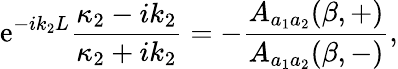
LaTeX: \mathrm{e}^{-ik_{2}L}\frac{{\kappa_{2}-ik_{2}}}{{\kappa_{2}+ik_{2}}}=-\frac{{A_{a_{1}a_{2}}(\beta,+)}}{{A_{a_{1}a_{2}}(\beta,-)}},